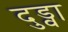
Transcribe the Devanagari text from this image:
दुड्वा